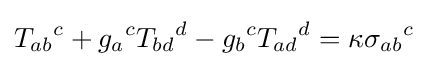
{T_{ab}}^{c}+{g_{a}}^{c}{T_{bd}}^{d}-{g_{b}}^{c}{T_{ad}}^{d}=\kappa {\sigma _{ab}}^{c}